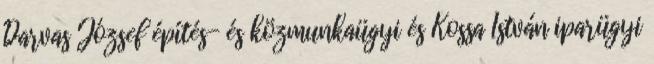
Darvas József építés- és közmunkaügyi és Kossa István iparügyi